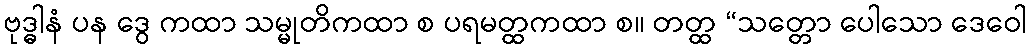
ဗုဒ္ဓါနံ ပန ဒွေ ကထာ သမ္မုတိကထာ စ ပရမတ္ထကထာ စ။ တတ္ထ “သတ္တော ပေါသော ဒေဝေါ